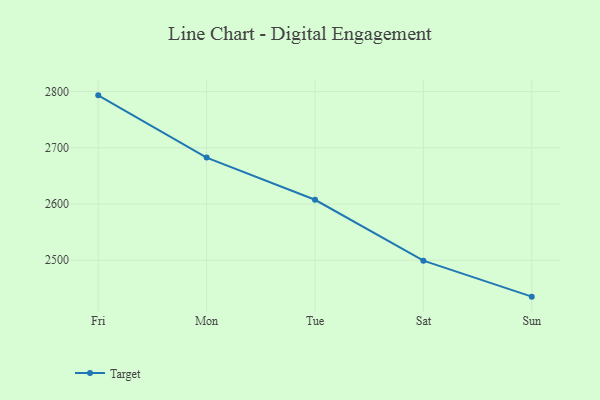
{"axis": {"x": "Day", "y": "Tickets Resolved"}, "legend": ["Target"], "data": [{"x": "Fri", "y": 2793.4, "type": "Target"}, {"x": "Mon", "y": 2682.7, "type": "Target"}, {"x": "Tue", "y": 2607.6, "type": "Target"}, {"x": "Sat", "y": 2499.3, "type": "Target"}, {"x": "Sun", "y": 2435.2, "type": "Target"}]}